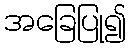
အခြေပြု၍